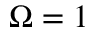
\Omega = 1